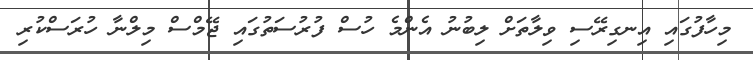
މިހާފުގައި އިނގިރޭސި ވިލާތަށް ލިބުނު އެންމެ ހުސް ފުރުސަތުގައި ޖޭމްސް މިލްނާ ހުރަސްކުރި